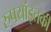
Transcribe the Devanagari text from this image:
रुपयांइतकी